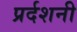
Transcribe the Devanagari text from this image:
प्रर्दशनी